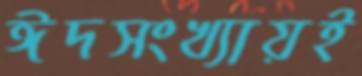
ঈদসংখ্যায়ই